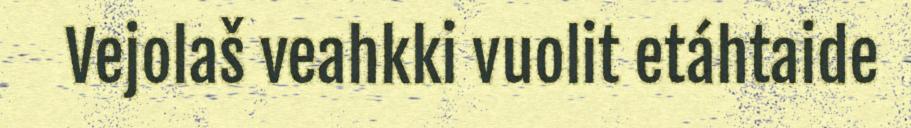
Vejolaš veahkki vuolit etáhtaide